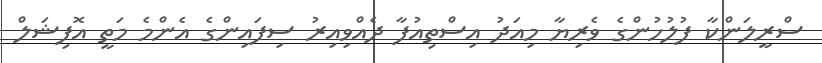
ސްރީލަންކާ ފުލުހުންގެ ވެރިޔާ މިއަދު އިސްތިއުފާ ދެއްވިއިރު ސިފައިންގެ އެންމެ މަތީ އޮފިޝަލް